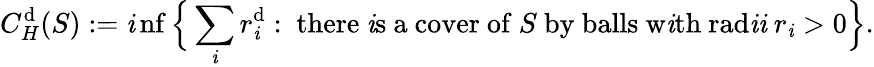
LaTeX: C_{H}^{\mathrm{d}}(S):=\operatorname*{\mathit{i}nf}{\Bigl\{ }\sum_{\mathit{i}}r_{\mathit{i}}^{\mathrm{d}}:{\mathrm{{~there~\mathit{i}s~a~cover~of~}}}S{\mathrm{{~by~balls~w\mathit{i}th~ra\mathrm{d}\mathit{i}\mathit{i}~}}}r_{\mathit{i}}>0{\Bigr\} }.